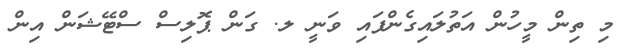
މި ތިން މީހުން އަތުލައިގެންފައި ވަނީ ލ. ގަން ޕޮލިސް ސްޓޭޝަން އިން